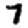
Digit: 7